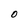
Character: O